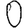
Digit: 0